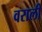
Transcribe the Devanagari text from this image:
वराली